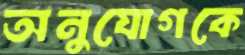
অনুযোগকে